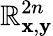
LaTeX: \mathbb{R}_{{\textbf{x}},{\textbf{y}}}^{2n}